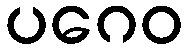
ပဂေဝ